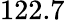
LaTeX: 122.7